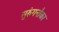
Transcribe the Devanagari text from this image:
सुरुंगनौका